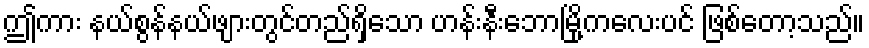
ဤကား နယ်စွန်နယ်ဖျားတွင်တည်ရှိသော ဟန်းနီးဘောမြို့ကလေးပင် ဖြစ်တော့သည်။